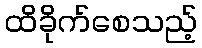
ထိခိုက်စေသည့်